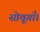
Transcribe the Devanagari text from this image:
सोचूगाँ।